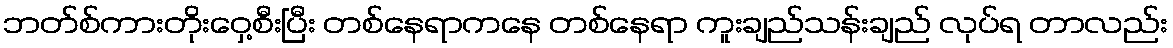
ဘတ်စ်ကားတိုးဝှေ့စီးပြီး တစ်နေရာကနေ တစ်နေရာ ကူးချည်သန်းချည် လုပ်ရ တာလည်း